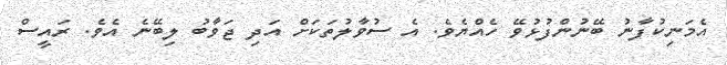
އެމަނިކުފާނު ބޭނުންފުޅުވޭ ހެއްޔެވެ. އެ ސުވާލުތަކަށް އަދި ޖަވާބު ލިބޭނެ އެވެ. ރައީސް